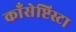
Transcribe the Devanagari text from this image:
काँसेप्टिस्टा